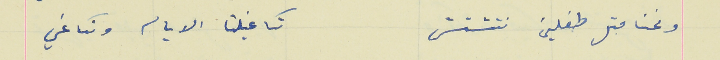
ونحنا متل طفلين نتشتش                                            تكاغيلنا الايام ونكاغي